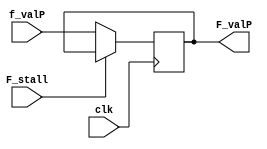
`ifndef _F_reg
`define _F_reg

module F_reg(
    output reg [31:0] F_valP,
    input [31:0] f_valP,
    input clk,
    input F_stall
);  
    initial begin
        F_valP <= 0;
    end 
    
    always @(posedge clk) begin
        if (!F_stall) begin
            $display("PC:%d", f_valP);            
            F_valP <= f_valP;
        end else begin
            $display("nextpc: %d, stop here!", f_valP);
        end
    end

endmodule

`endif